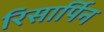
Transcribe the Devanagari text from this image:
रिसार्पिन